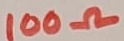
Text: 100Ω